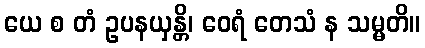
ယေ စ တံ ဥပနယှန္တိ၊ ဝေရံ တေသံ န သမ္မတိ။